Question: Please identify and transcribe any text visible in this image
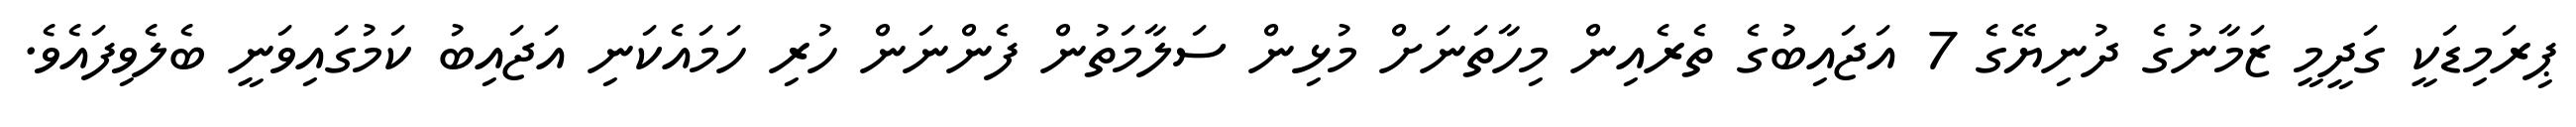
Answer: ޕިރަމިޑަކީ ގަދީމީ ޒަމާނުގެ ދުނިޔޭގެ 7 އަޖައިބުގެ ތެރެއިން މިހާތަނަށް މުޅިން ސަލާމަތުން ފެންނަން ހުރި ހަމައެކަނި އަޖައިބު ކަމުގައިވަނީ ބެލެވިފައެވެ.